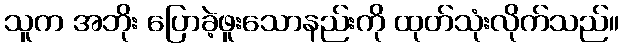
သူက အဘိုး ပြောခဲ့ဖူးသောနည်းကို ထုတ်သုံးလိုက်သည်။